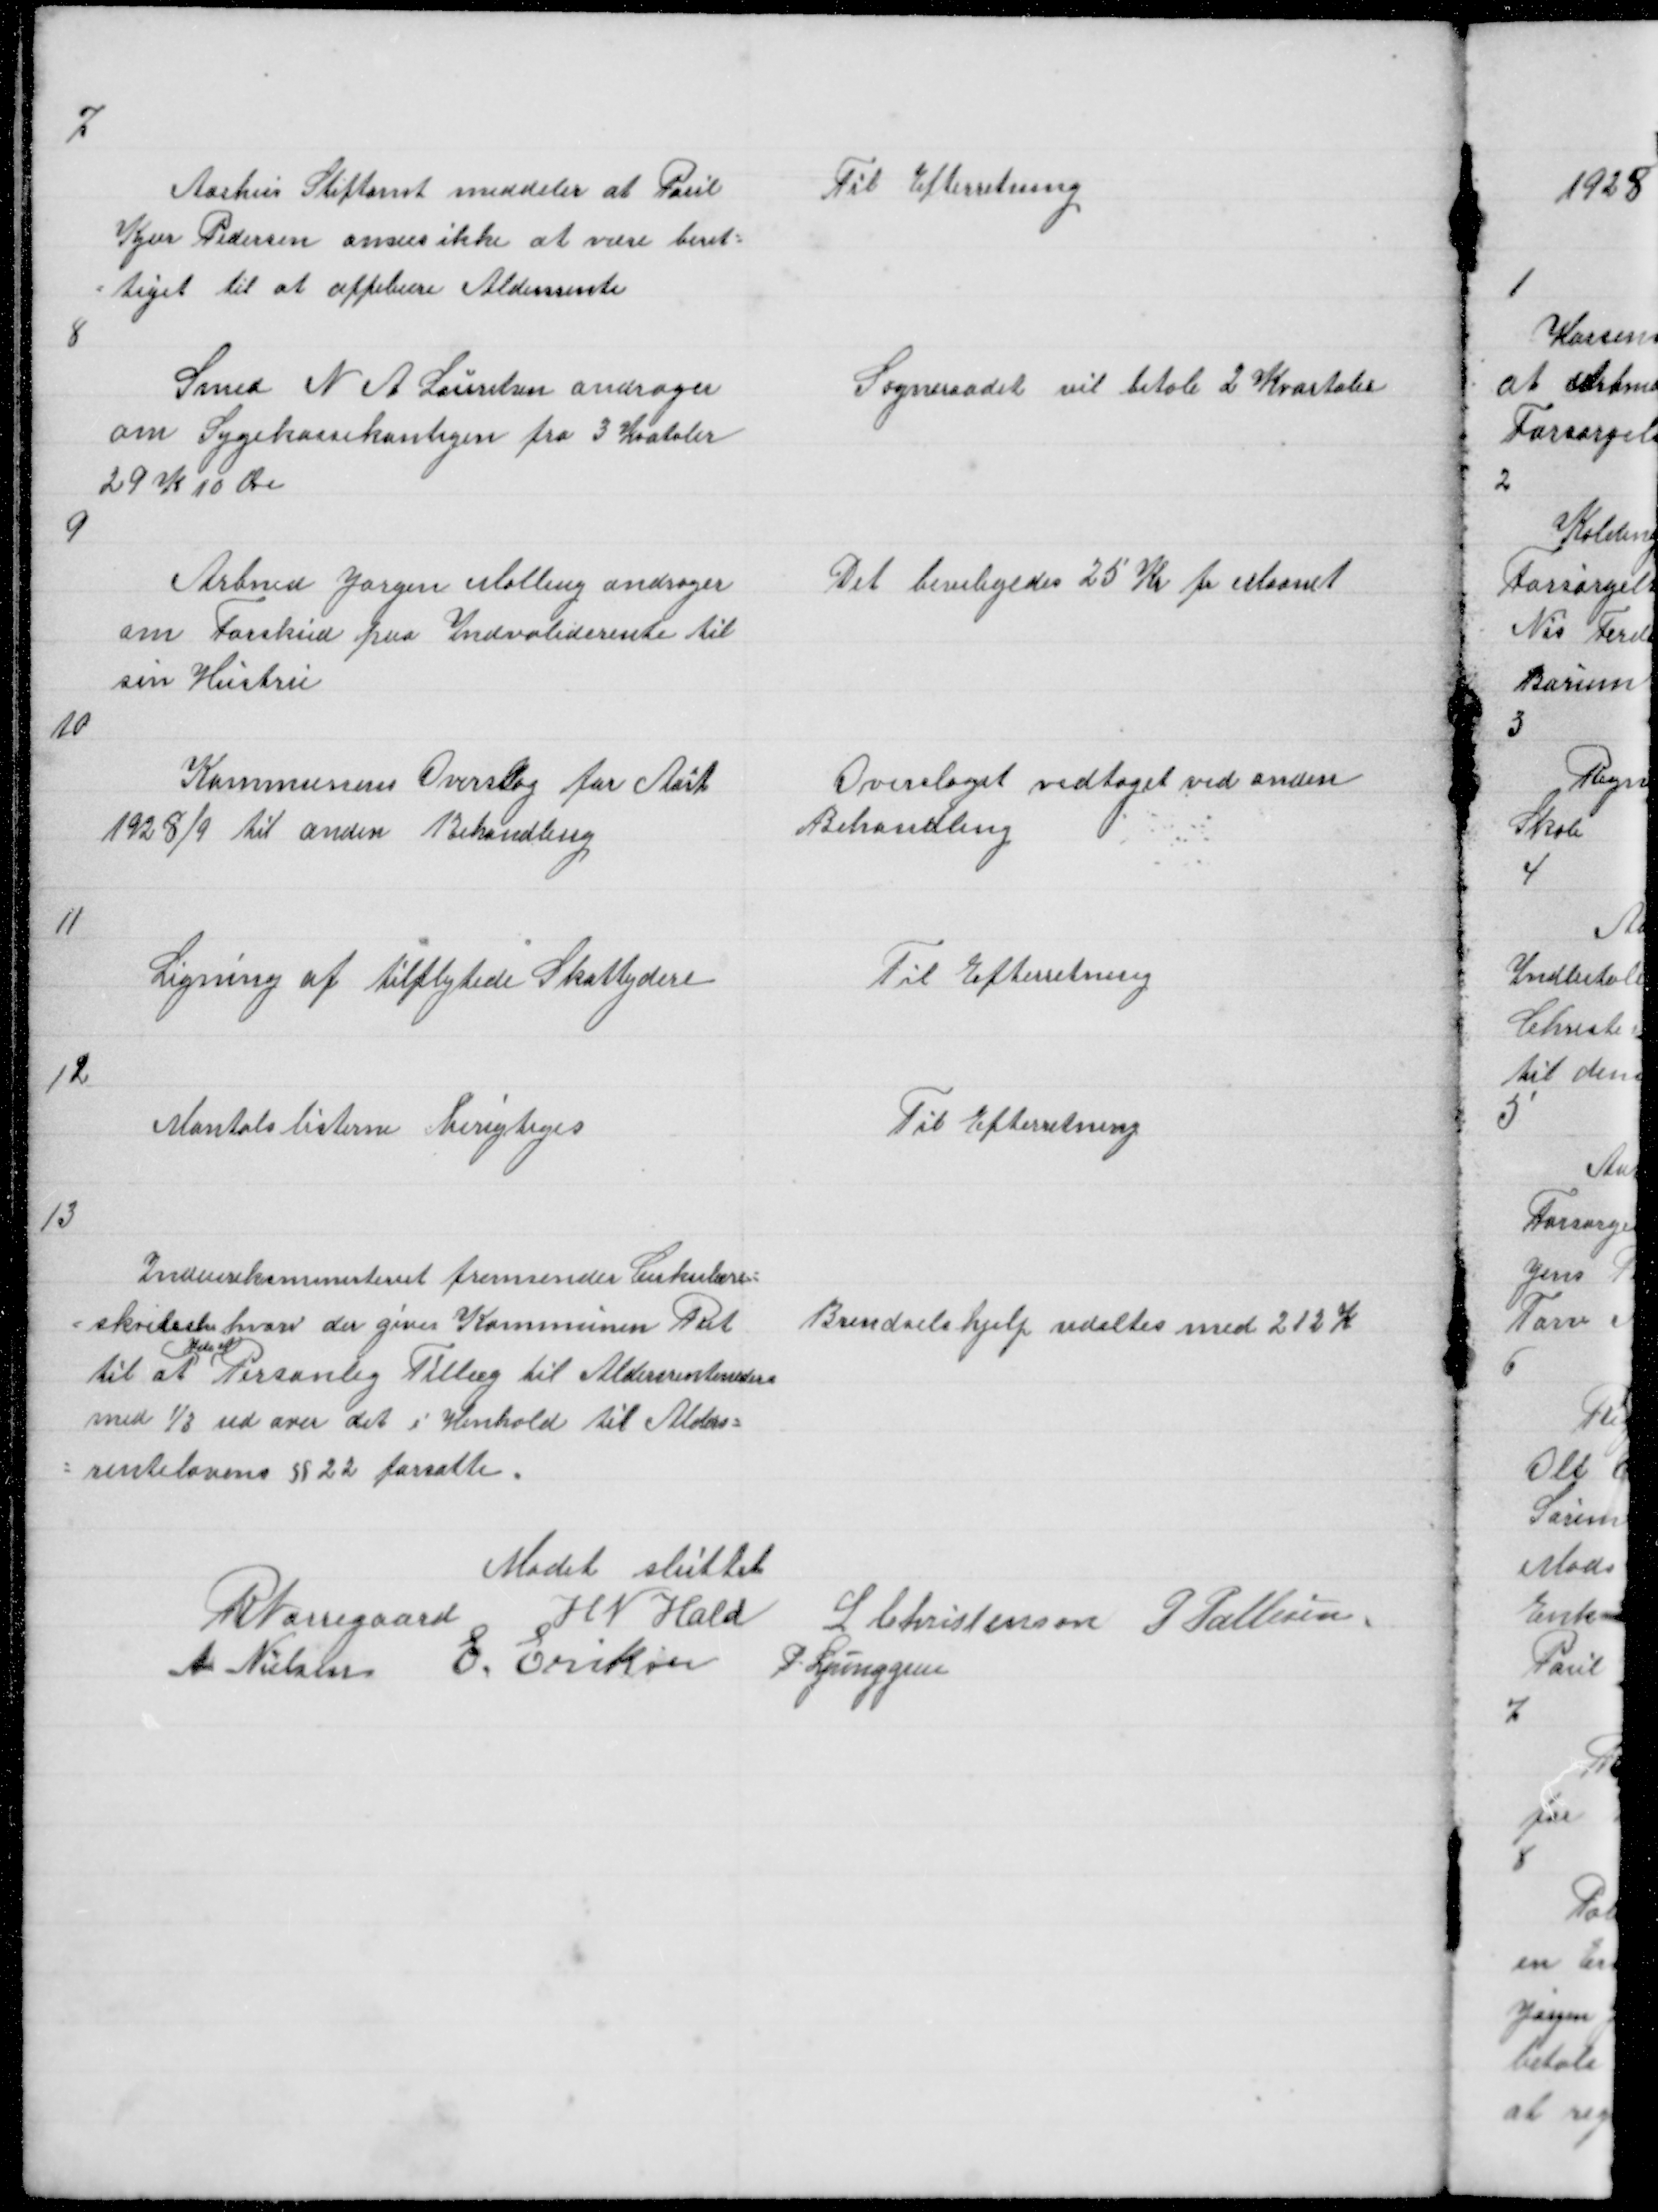
Transskription:
7

Aarhus Stiftamt meddeler at Poul
Kjær Pedersen anses ikke at være beret =
= tiget til at oppebære Aldersrente

Til Efterretning

8

Smed N A Lauritsen andrager
om Sygekassekontigen fra 3 Kvartaler
29 K 10 Øre

Sogneraadet vil betale 2 Kvartaler

9

Arbmd Jørgen Malling andrager
om Forskud paa Indvaliderente til
sin Hustru

Det beviligedes 25 Kr pr Maanet

10

Kommunens Overslag for Aaret
1928/9 til anden Behandling

Overslaget vedtaget ved anden
Behandling

11

Ligning af tilflytede Skatteydere

Til Efterretning

12

Mantalslisterne berigtiges

Til Efterretning

13

Indenriksministeriet fremsender Cirkulære =
= skrivelse der giver Kommunen Ret
yde et
til at Personlig Tillæg til Aldersrentenedere
med 1/3 ud over det i Henhold til Alders =
= rentelovens § 22 fasatte

Brendselshjelp udeltes med 212 K

Mødet sluttet
R Nørregaard H N Hald
L Christensen P Pallesen
A Nielsen E Eriksen P. Ljunggren